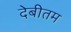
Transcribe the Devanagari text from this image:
देबीतम